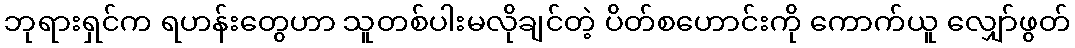
ဘုရားရှင်က ရဟန်းတွေဟာ သူတစ်ပါးမလိုချင်တဲ့ ပိတ်စဟောင်းကို ကောက်ယူ လျှော်ဖွတ်